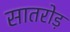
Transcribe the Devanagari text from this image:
सातरोड़